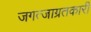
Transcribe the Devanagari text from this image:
जगत्जाग्रतकारी